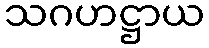
သဂဟဋ္ဌာယ